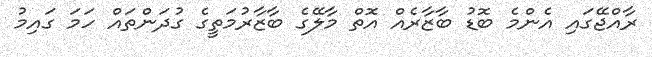
ރާއްޖޭގައި އެންމެ ބޮޑު ބާޒާރެއް އޮތް މާލޭގެ ބާޒާރުމަތީގެ ގުދަންތައް ހަމަ ގައިމު